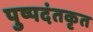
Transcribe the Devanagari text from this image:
पुष्पदंतकृत